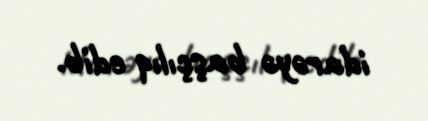
idarəyə başçılıq edib.